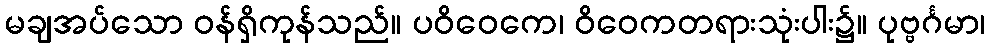
မချအပ်သော ဝန်ရှိကုန်သည်။ ပဝိဝေကေ၊ ဝိဝေကတရားသုံးပါး၌။ ပုဗ္ဗင်္ဂမာ၊